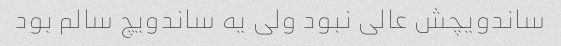
ساندویچش عالی نبود ولی یه ساندویچ سالم بود